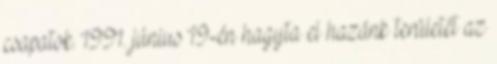
csapatok. 1991. június 19-én hagyta el hazánk területét az